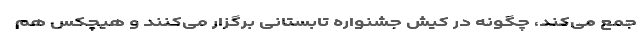
جمع می‌کند، چگونه در کیش جشنواره تابستانی برگزار می‌کنند و هیچکس هم